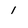
Character: 1